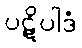
ပဋိပါဒံ